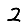
Digit: 2